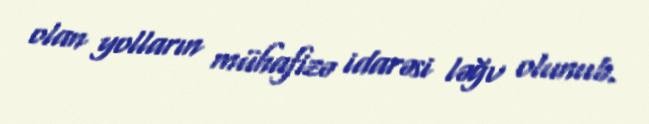
olan yolların mühafizə idarəsi ləğv olunub.